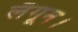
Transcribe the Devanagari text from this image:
लैगून।